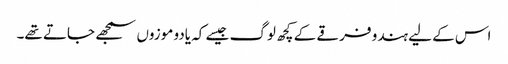
اس کے لیے ہندو فرقے کے کچھ لوگ جیسے کہ یادو موزوں سمجھے جاتے تھے۔